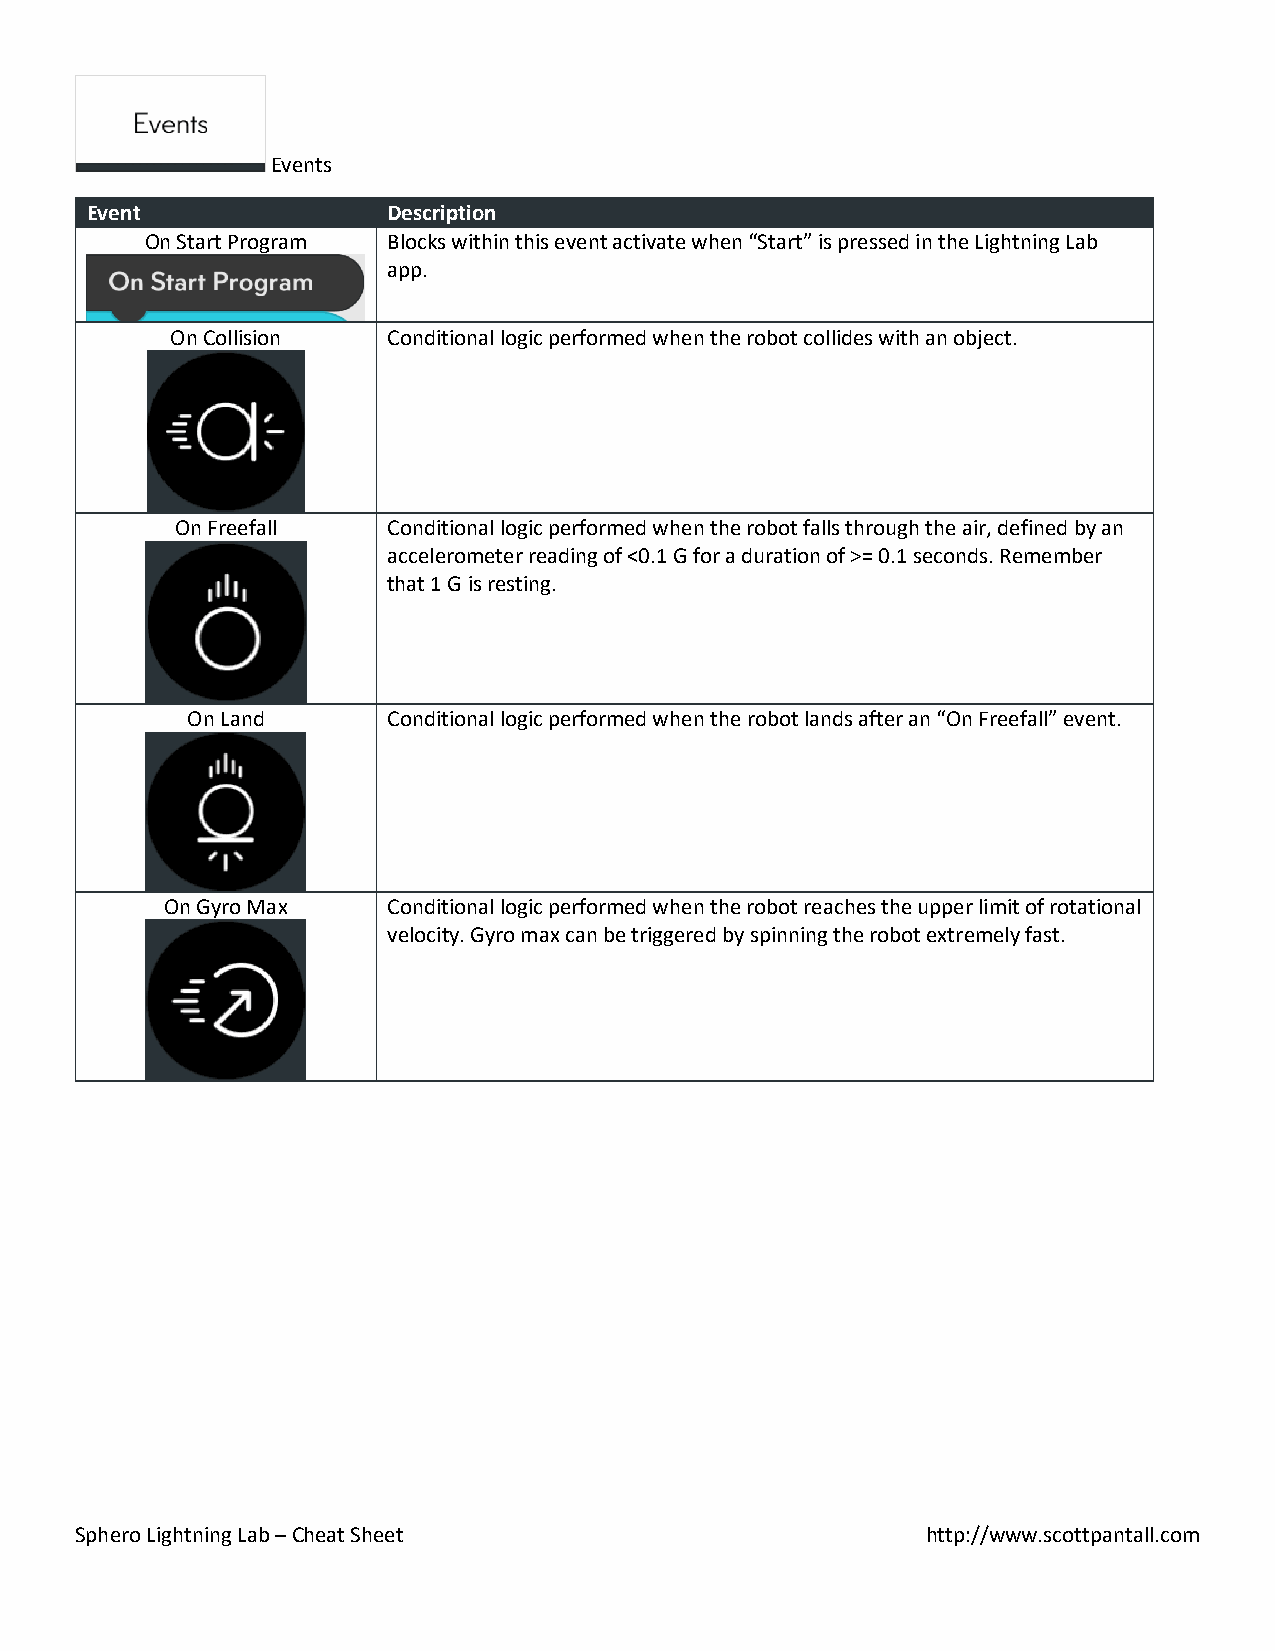
Events
 Event               Description
 On Start Program Blocks within this event activate when “Start” is pressed in the Lightning Lab
 app.
 On Collision   Conditional logic performed when the robot collides with an object.
 On Freefall   Conditional logic performed when the robot falls through the air, defined by an
 accelerometer reading of <0.1 G for a duration of >= 0.1 seconds. Remember
 that 1 G is resting.
 On Land       Conditional logic performed when the robot lands after an “On Freefall” event.
 On Gyro Max    Conditional logic performed when the robot reaches the upper limit of rotational
 velocity. Gyro max can be triggered by spinning the robot extremely fast.
 Sphero Lightning Lab – Cheat Sheet                      http://www.scottpantall.com